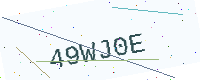
Text: 49WJ0E